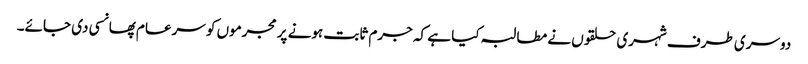
دوسری طرف شہری حلقوں نے مطالبہ کیا ہے کہ جرم ثابت ہونے پر مجرموں کو سرعام پھانسی دی جائے۔